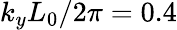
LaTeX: k_{y}L_{0}/2\pi=0.4